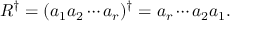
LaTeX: R ^ { \dagger } = ( a _ { 1 } a _ { 2 } \cdots a _ { r } ) ^ { \dagger } = a _ { r } \cdots a _ { 2 } a _ { 1 } .